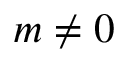
m \neq 0